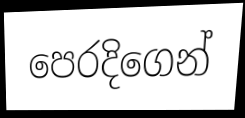
පෙරදිගෙන්